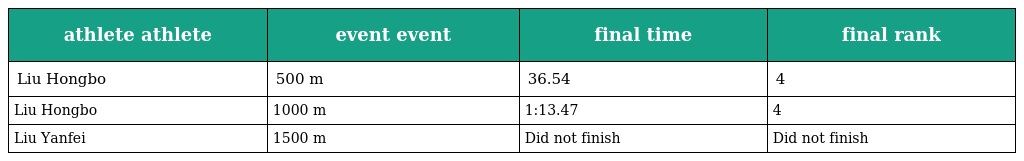
| athlete athlete | event event | final time | final rank |
 | --- | --- | --- | --- |
 | Liu Hongbo | 500 m | 36.54 | 4 |
 | Liu Hongbo | 1000 m | 1:13.47 | 4 |
 | Liu Yanfei | 1500 m | Did not finish | Did not finish |